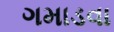
ગમાડવા